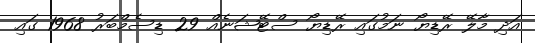
އަދި މާލޭ ރޭޑިޔޯ ނަމުގައި ރޭޑިޔޯ ސްޓޭޝަނެއް 29 ޑިސެމްބަރު 1968 ގައި